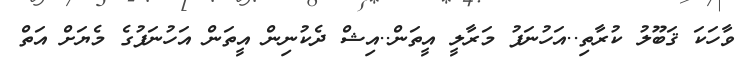
ވާހަކަ ޤަބޫލު ކުރާތި..އަހުނަފު މަރާލީ އީތަން..އިޝް ދެކުނިން އީތަން އަހުނަފުގެ މެޔަށް އަތް